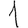
Digit: 1